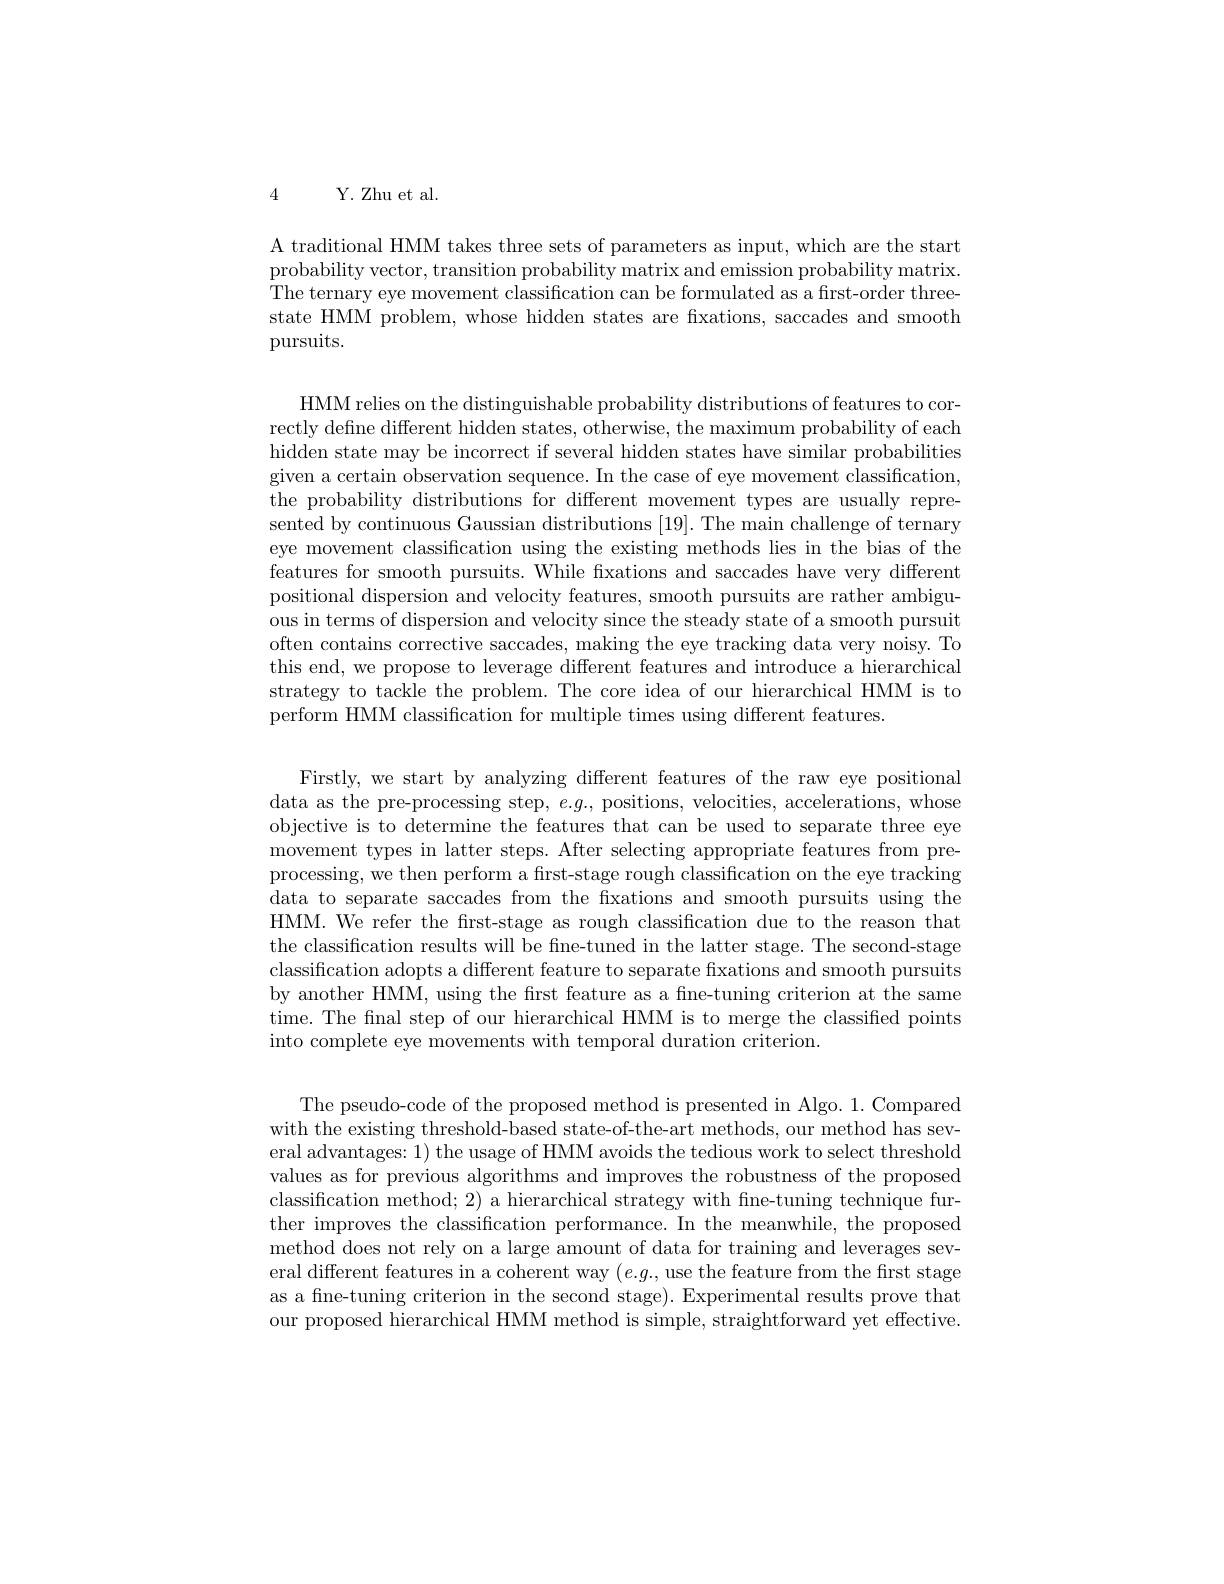
4 Y. Zhu et al.

A traditional HMM takes three sets of parameters as input, which are the start probability vector, transition probability matrix and emission probability matrix The ternary eye movement classification can be formulated as a first-order threestate HMM problem, whose hidden states are fixations, saccades and smooth pursuits.

HMM relies on the distinguishable probability distributions of features to correctly define different hidden states, otherwise, the maximum probability of each hidden state may be incorrect if several hidden states have similar probabilities given a certain observation sequence. In the case of eye movement classification, the probability distributions for different movement types are usually represented by continuous Gaussian distributions [19]. The main challenge of ternary eye movement classification using the existing methods lies in the bias of the features for smooth pursuits. While fixations and saccades have very different positional dispersion and velocity features, smooth pursuits are rather ambiguous in terms of dispersion and velocity since the steady state of a smooth pursuit often contains corrective saccades, making the eye tracking data very noisy. To this end, we propose to leverage different features and introduce a hierarchical strategy to tackle the problem. The core idea of our hierarchical HMM is to perform HMM classification for multiple times using different features.

Firstly, we start by analyzing different features of the raw eye positional data as the pre-processing step, $e.g.$, positions, velocities, accelerations, whose objective is to determine the features that can be used to separate three eye movement types in latter steps. After selecting appropriate features from preprocessing, we then perform a first-stage rough classification on the eye tracking data to separate saccades from the fixations and smooth pursuits using the HMM. We refer the first-stage as rough classification due to the reason that the classification results will be fine-tuned in the latter stage. The second-stage classification adopts a different feature to separate fixations and smooth pursuits by another HMM, using the frst feature as a fine-tuning criterion at the same time. The fnal step of our hierarchical HMM is to merge the classified points into complete eye movements with temporal duration criterion.

The pseudo-code of the proposed method is presented in Algo. 1. Compared with the existing threshold-based state-of-the-art methods, our method has several advantages: 1) the usage of HMM avoids the tedious work to select threshold values as for previous algorithms and improves the robustness of the proposed classification method; 2) a hierarchical strategy with fine-tuning technique further improves the classification performance. In the meanwhile, the proposed method does not rely on a large amount of data for training and leverages several different features in a coherent way $(e.g.$, use the feature from the first stage as a fne-tuning criterion in the second stage). Experimental results prove that our proposed hierarchical HMM method is simple, straightforward yet effective.